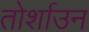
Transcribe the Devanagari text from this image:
तोर्शाउन